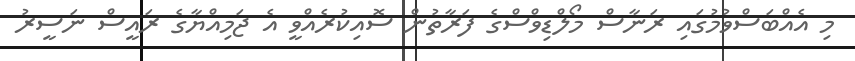
މި އެއްބަސްވުމުގައި ރަނާސް މޯލްޑިވްސްގެ ފަރާތުން ސޮއިކުރެއްވީ އެ ޖަމިއްޔާގެ ރައީސް ނަސީރު